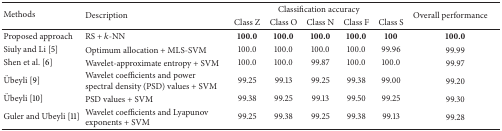
<table><thead><tr><td rowspan="2"><b>Methods</b></td><td rowspan="2"><b>Description</b></td><td colspan="5"><b>Classification accuracy</b></td><td rowspan="2"><b>Overall performance</b></td></tr><tr><td><b>Class Z</b></td><td><b>Class O</b></td><td><b>Class N</b></td><td><b>Class F</b></td><td><b>Class S</b></td></tr></thead><tbody><tr><td>Proposed approach</td><td>RS + <i>k</i>-NN</td><td><b>100.0</b></td><td><b>100.0</b></td><td><b>100.0</b></td><td><b>100.0</b></td><td><b>100</b></td><td><b>100.0</b></td></tr><tr><td>Siuly and Li [5]</td><td>Optimum allocation + MLS-SVM</td><td>100.0</td><td>100.0</td><td>100.0</td><td>100.0</td><td>99.96</td><td>99.99</td></tr><tr><td>Shen et al. [6]</td><td>Wavelet-approximate entropy + SVM</td><td>100.0</td><td>100.0</td><td>99.87</td><td>100.0</td><td>100.0</td><td>99.97</td></tr><tr><td>Übeyli [9]</td><td>Wavelet coefficients and power spectral density (PSD) values + SVM</td><td>99.25</td><td>99.13</td><td>99.25</td><td>99.38</td><td>99.00</td><td>99.20</td></tr><tr><td>Übeyli [10]</td><td>PSD values + SVM</td><td>99.38</td><td>99.25</td><td>99.13</td><td>99.50</td><td>99.25</td><td>99.30</td></tr><tr><td>Guler and Ubeyli [11]</td><td>Wavelet coefficients and Lyapunov exponents + SVM</td><td>99.25</td><td>99.38</td><td>99.25</td><td>99.38</td><td>99.13</td><td>99.28</td></tr></tbody></table>